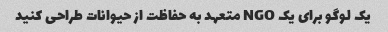
یک لوگو برای یک NGO متعهد به حفاظت از حیوانات طراحی کنید